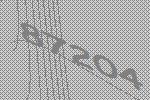
87204